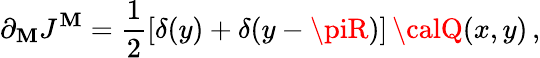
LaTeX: \partial_{\mathbf{M}}J^{\mathbf{M}}=\frac{{1}}{{2}}\left[\delta(y)+\delta(y-\piR)\right]\, {\calQ}(x,y)\, ,